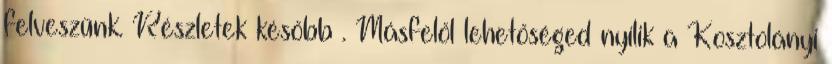
felveszünk. Részletek később . Másfelől lehetőséged nyílik a Kosztolányi